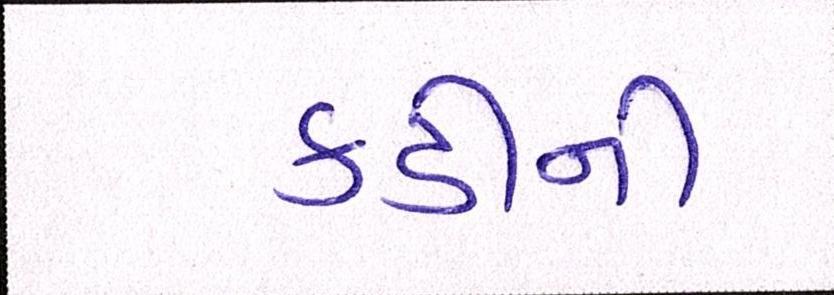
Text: કડીની